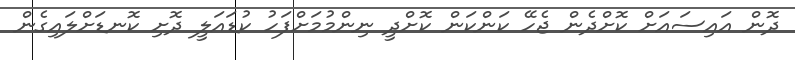
ދޮން އައިސައަށް ކޮށްދެން ޖެހޭ ކަންކަން ކޮށްދީ ނިންމުމަށްފަހު ކުޑައަލީ ދޮށި ކޮނޑަށްލައިގެން